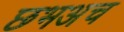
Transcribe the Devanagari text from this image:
छभअच